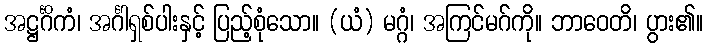
အဋ္ဌင်္ဂိကံ၊ အင်္ဂါရှစ်ပါးနှင့် ပြည့်စုံသော။ (ယံ) မဂ္ဂံ၊ အကြင်မဂ်ကို။ ဘာဝေတိ၊ ပွား၏။